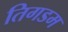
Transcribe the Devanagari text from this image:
तिगडम